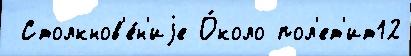
 Столкнов'е́н'иjе О́коло пол'ет'ит12